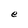
Character: e